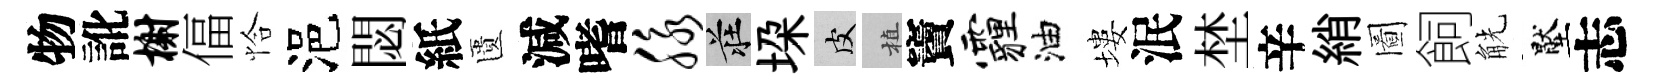
物訛榭偪恰浥閟紙匱減嗜脉莊垜皮植竇霾油塿泯埜辛綃圖飼觥壓志